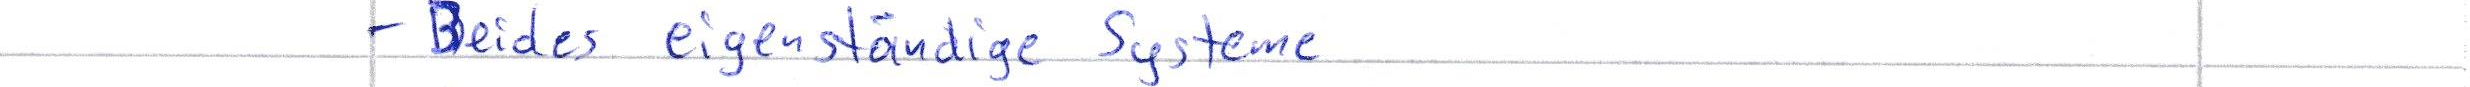
- Beides eigenständige Systeme